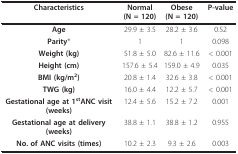
| Characteristics | Normal(N = 120) | Obese(N = 120) | P-value |
 | --- | --- | --- | --- |
 | Age | 29.9 ± 3.5 | 28.2 ± 3.6 | 0.52 |
 | Parity* | 1 | 1 | 0.098 |
 | Weight (kg) | 51.8 ± 5.0 | 82.6 ± 11.6 | < 0.001 |
 | Height (cm) | 157.6 ± 5.4 | 159.0 ± 4.9 | 0.035 |
 | BMI (kg/m2) | 20.8 ± 1.4 | 32.6 ± 3.8 | < 0.001 |
 | TWG (kg) | 16.0 ± 4.4 | 12.2 ± 5.7 | < 0.001 |
 | Gestational age at 1stANC visit (weeks) | 12.4 ± 5.6 | 15.2 ± 7.2 | 0.001 |
 | Gestational age at delivery (weeks) | 38.8 ± 1.1 | 38.8 ± 1.2 | 0.955 |
 | No. of ANC visits (times) | 10.2 ± 2.3 | 9.3 ± 2.6 | 0.003 |